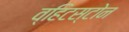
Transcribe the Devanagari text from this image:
व्हिटस्टोन